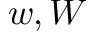
w , W